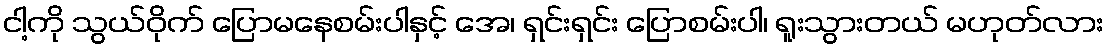
ငါ့ကို သွယ်ဝိုက် ပြောမနေစမ်းပါနှင့် အေ၊ ရှင်းရှင်း ပြောစမ်းပါ၊ ရူးသွားတယ် မဟုတ်လား